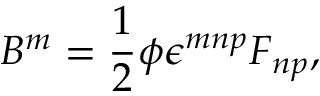
B ^ { m } = \frac 1 2 \phi \epsilon ^ { m n p } F _ { n p } ,